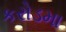
કરોડમા